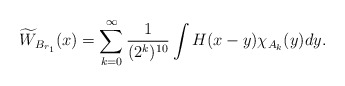
\begin{align*} \widetilde{W}_{B_{r_1}}(x)=\sum_{k=0}^\infty \frac{1}{(2^k)^{10}}\int H(x-y)\chi_{A_k}(y)dy. \end{align*}